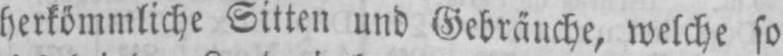
herkömmliche Sitten und Gebräuche, welche so